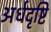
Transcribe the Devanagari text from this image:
अर्धदृष्टि